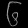
Digit: ၆